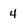
Character: 4